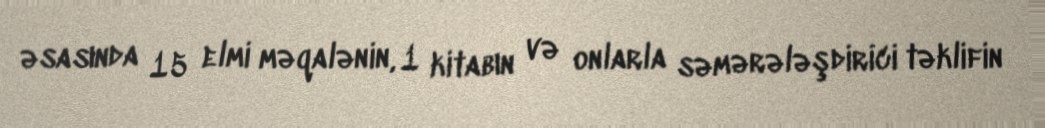
əsasında 15 elmi məqalənin, 1 kitabın və onlarla səmərələşdirici təklifin